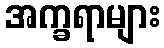
အက္ခရာများ